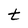
Character: t